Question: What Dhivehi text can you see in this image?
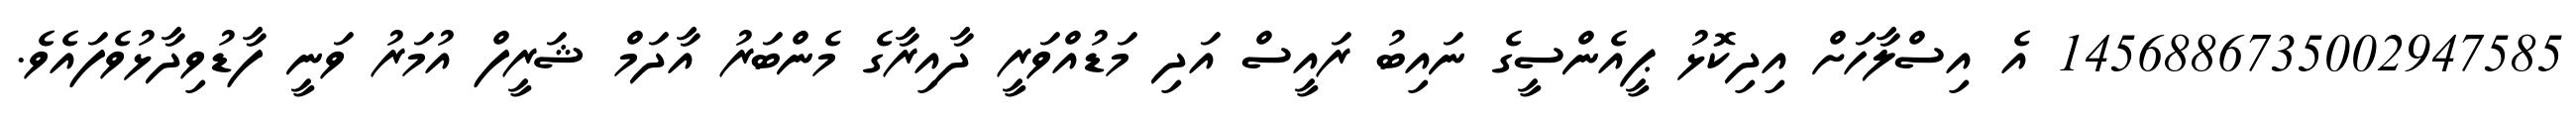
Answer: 1456886735002947585 އެ އިސްލާހަށް އިދިކޮޅު ޕީއެންސީގެ ނައިބު ރައީސް އަދި މަޑުއްވަރީ ދާއިރާގެ މެންބަރު އާދަމް ޝަރީފް އުމަރު ވަނީ ފާޑުވިދާޅުވެފައެވެ.